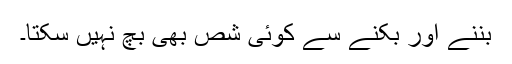
بننے اور بکنے سے کوئی شص بھی بچ نہیں سکتا۔